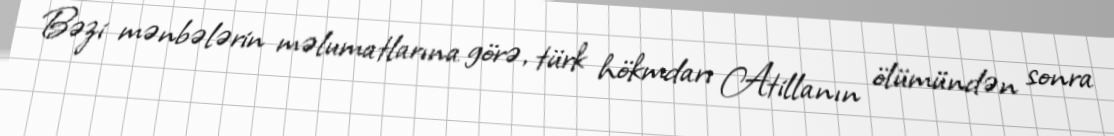
Bəzi mənbələrin məlumatlarına görə, türk hökmdarı Atillanın ölümündən sonra